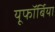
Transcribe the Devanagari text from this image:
यूफॉर्बिया